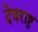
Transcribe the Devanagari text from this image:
देवराष्ट्र